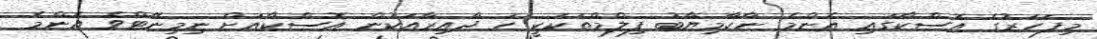
މިފަހަރުގެ އޮސްކާގައި އެންމެ ނާކާމިޔާބު ފިލްމްތަކަކީ ހަ ދާއިރާއަކުން އޮސްކާއަށް ނިމިނޭޓްވެ އެންމެ